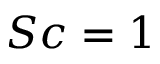
S c = 1